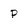
Character: p